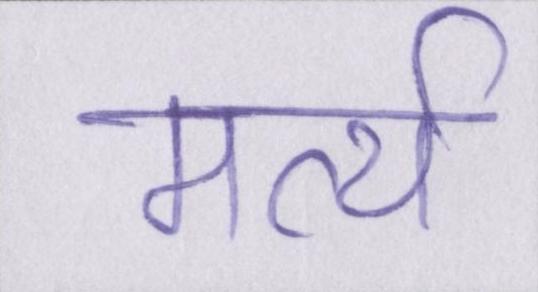
मर्त्य